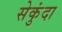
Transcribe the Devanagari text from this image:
सेकुंदा